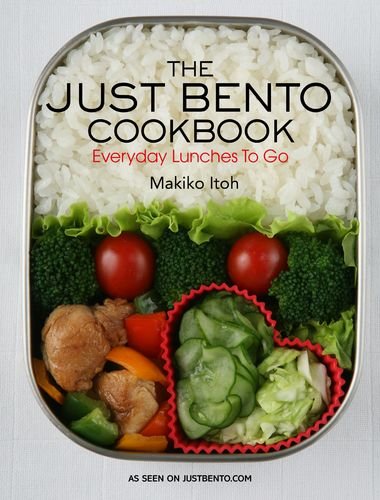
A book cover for The Just Bento Cookbook: Everyday Lunches To Go; Makiko Itoh; Cookbooks, Food & Wine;